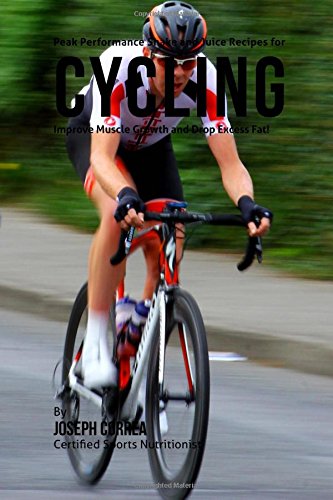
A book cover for Peak Performance Shake and Juice Recipes for Cycling: Improve Muscle Growth and Drop Excess Fat!; Joseph Correa (Certified Sports Nutritionist); Sports & Outdoors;